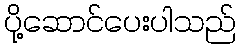
ပို့ဆောင်ပေးပါသည်